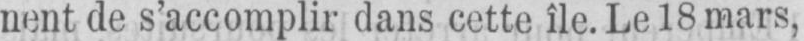
nent de s’accomplir dans cette île. Le 18 mars,